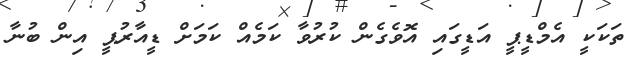
ތަކަކީ އެމްޑީޕީ އަޑީގައި އޮވެގެން ކުރުވާ ކަމެއް ކަމަށް ޑީއާރުޕީ އިން ބުނާ